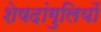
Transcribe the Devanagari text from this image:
शेषदांगुलियों